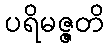
ပရိမဇ္ဇတိ